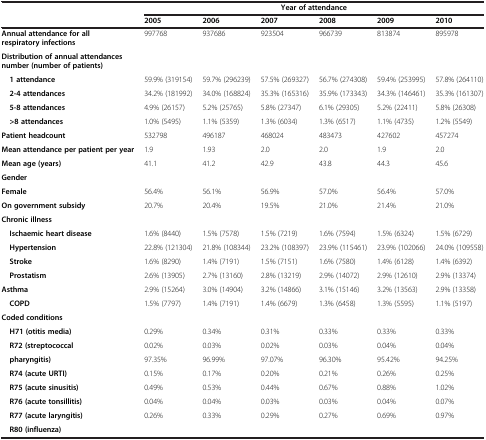
<table><thead><tr><td><b> </b></td><td colspan="6"><b>Year of attendance</b></td></tr><tr><td><b> </b></td><td><b>2005</b></td><td><b>2006</b></td><td><b>2007</b></td><td><b>2008</b></td><td><b>2009</b></td><td><b>2010</b></td></tr></thead><tbody><tr><td><b>Annual attendance for all respiratory infections</b></td><td>997768</td><td>937686</td><td>923504</td><td>966739</td><td>813874</td><td>895978</td></tr><tr><td><b>Distribution of annual attendances number (number of patients)</b></td><td> </td><td> </td><td> </td><td> </td><td> </td><td> </td></tr><tr><td> <b>1 attendance</b></td><td>59.9% (319154)</td><td>59.7% (296239)</td><td>57.5% (269327)</td><td>56.7% (274308)</td><td>59.4% (253995)</td><td>57.8% (264110)</td></tr><tr><td> <b>2-4 attendances</b></td><td>34.2% (181992)</td><td>34.0% (168824)</td><td>35.3% (165316)</td><td>35.9% (173343)</td><td>34.3% (146461)</td><td>35.3% (161307)</td></tr><tr><td> <b>5-8 attendances</b></td><td>4.9% (26157)</td><td>5.2% (25765)</td><td>5.8% (27347)</td><td>6.1% (29305)</td><td>5.2% (22411)</td><td>5.8% (26308)</td></tr><tr><td> <b>&gt;8 attendances</b></td><td>1.0% (5495)</td><td>1.1% (5359)</td><td>1.3% (6034)</td><td>1.3% (6517)</td><td>1.1% (4735)</td><td>1.2% (5549)</td></tr><tr><td><b>Patient headcount</b></td><td>532798</td><td>496187</td><td>468024</td><td>483473</td><td>427602</td><td>457274</td></tr><tr><td><b>Mean attendance per patient per year</b></td><td>1.9</td><td>1.93</td><td>2.0</td><td>2.0</td><td>1.9</td><td>2.0</td></tr><tr><td><b>Mean age (years)</b></td><td>41.1</td><td>41.2</td><td>42.9</td><td>43.8</td><td>44.3</td><td>45.6</td></tr><tr><td><b>Gender</b></td><td> </td><td> </td><td> </td><td> </td><td> </td><td> </td></tr><tr><td><b>Female</b></td><td>56.4%</td><td>56.1%</td><td>56.9%</td><td>57.0%</td><td>56.4%</td><td>57.0%</td></tr><tr><td><b>On government subsidy</b></td><td>20.7%</td><td>20.4%</td><td>19.5%</td><td>21.0%</td><td>21.4%</td><td>21.0%</td></tr><tr><td><b>Chronic illness</b></td><td> </td><td> </td><td> </td><td> </td><td> </td><td> </td></tr><tr><td> <b>Ischaemic heart disease</b></td><td>1.6% (8440)</td><td>1.5% (7578)</td><td>1.5% (7219)</td><td>1.6% (7594)</td><td>1.5% (6324)</td><td>1.5% (6729)</td></tr><tr><td> <b>Hypertension</b></td><td>22.8% (121304)</td><td>21.8% (108344)</td><td>23.2% (108397)</td><td>23.9% (115461)</td><td>23.9% (102066)</td><td>24.0% (109558)</td></tr><tr><td> <b>Stroke</b></td><td>1.6% (8290)</td><td>1.4% (7191)</td><td>1.5% (7151)</td><td>1.6% (7580)</td><td>1.4% (6128)</td><td>1.4% (6392)</td></tr><tr><td> <b>Prostatism</b></td><td>2.6% (13905)</td><td>2.7% (13160)</td><td>2.8% (13219)</td><td>2.9% (14072)</td><td>2.9% (12610)</td><td>2.9% (13374)</td></tr><tr><td><b>Asthma</b></td><td>2.9% (15264)</td><td>3.0% (14904)</td><td>3.2% (14866)</td><td>3.1% (15146)</td><td>3.2% (13563)</td><td>2.9% (13358)</td></tr><tr><td> <b>COPD</b></td><td>1.5% (7797)</td><td>1.4% (7191)</td><td>1.4% (6679)</td><td>1.3% (6458)</td><td>1.3% (5595)</td><td>1.1% (5197)</td></tr><tr><td><b>Coded conditions</b></td><td> </td><td> </td><td> </td><td> </td><td> </td><td> </td></tr><tr><td> <b>H71 (otitis media)</b></td><td>0.29%</td><td>0.34%</td><td>0.31%</td><td>0.33%</td><td>0.33%</td><td>0.33%</td></tr><tr><td> <b>R72 (streptococcal</b></td><td>0.02%</td><td>0.03%</td><td>0.02%</td><td>0.03%</td><td>0.04%</td><td>0.04%</td></tr><tr><td> <b>pharyngitis)</b></td><td>97.35%</td><td>96.99%</td><td>97.07%</td><td>96.30%</td><td>95.42%</td><td>94.25%</td></tr><tr><td> <b>R74 (acute URTI)</b></td><td>0.15%</td><td>0.17%</td><td>0.20%</td><td>0.21%</td><td>0.26%</td><td>0.25%</td></tr><tr><td> <b>R75 (acute sinusitis)</b></td><td>0.49%</td><td>0.53%</td><td>0.44%</td><td>0.67%</td><td>0.88%</td><td>1.02%</td></tr><tr><td> <b>R76 (acute tonsillitis)</b></td><td>0.04%</td><td>0.04%</td><td>0.03%</td><td>0.03%</td><td>0.04%</td><td>0.07%</td></tr><tr><td> <b>R77 (acute laryngitis)</b></td><td>0.26%</td><td>0.33%</td><td>0.29%</td><td>0.27%</td><td>0.69%</td><td>0.97%</td></tr><tr><td> <b>R80 (influenza)</b></td><td> </td><td> </td><td> </td><td> </td><td> </td><td> </td></tr></tbody></table>